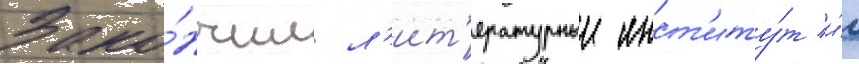
Зако́нчил л'ит'ературныи инст'иту́т и́м